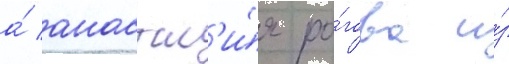
а́ анастас'и́я ро́гова и́з